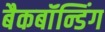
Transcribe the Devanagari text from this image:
बैकबॉंन्डिंग